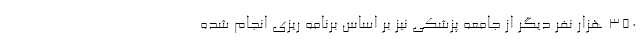
۳۵۰ هزار نفر دیگر از جامعه پزشکی نیز بر اساس برنامه ریزی انجام شده